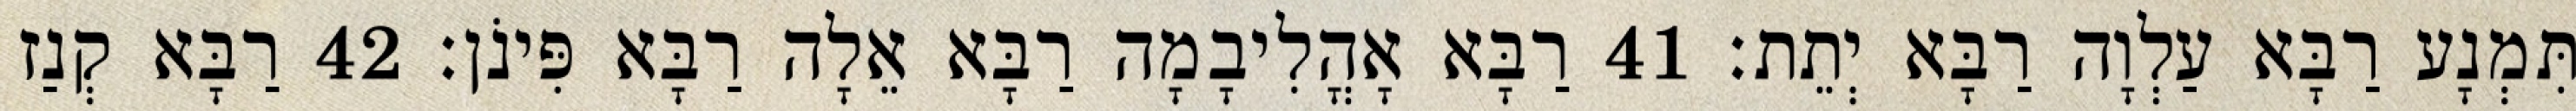
תִּמְנָע רַבָּא עַלְוָה רַבָּא יְתֵת׃ 41 רַבָּא אָהֳלִיבָמָה רַבָּא אֵלָה רַבָּא פִּינֹן׃ 42 רַבָּא קְנַז